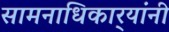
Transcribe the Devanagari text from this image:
सामनाधिकार्‍यांनी